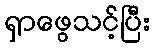
ရှာဖွေသင့်ပြီး